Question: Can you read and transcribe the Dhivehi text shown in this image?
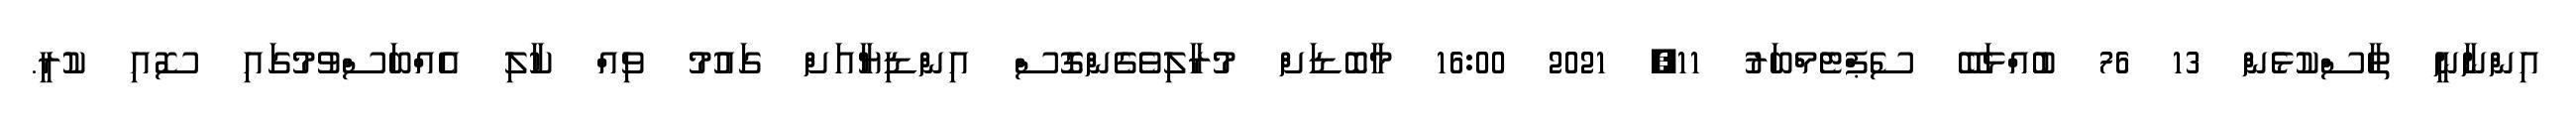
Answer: އިންނާނީ ތާސްކުޅެން 13 76 ބުއްޅަބޭ ސެޕްޓެމްބަރު 11, 2021 16:00 މާބޮޑަށް މުރާލިވެގެންގޮސް އިންޑިޔާއަށް ގައުމު ވިއް ކާލި އެއްބަސްވުމުގައި ސޮއި ކުރީ.